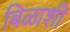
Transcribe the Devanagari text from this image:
बिळाशी